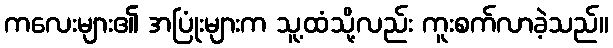
ကလေးများ၏ အပြုံးများက သူ့ထံသို့လည်း ကူးစက်လာခဲ့သည်။